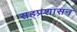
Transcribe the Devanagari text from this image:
सहप्रशासन